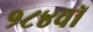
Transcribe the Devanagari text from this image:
१८४वॉ